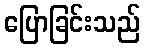
ပြောခြင်းသည်